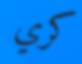
كري